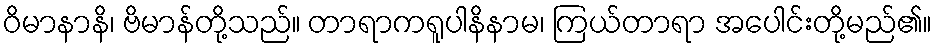
ဝိမာနာနိ၊ ဗိမာန်တို့သည်။ တာရာကရူပါနိနာမ၊ ကြယ်တာရာ အပေါင်းတို့မည်၏။